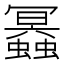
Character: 𧔲